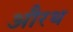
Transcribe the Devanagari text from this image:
औरथ